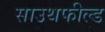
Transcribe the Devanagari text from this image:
साउथफील्ड